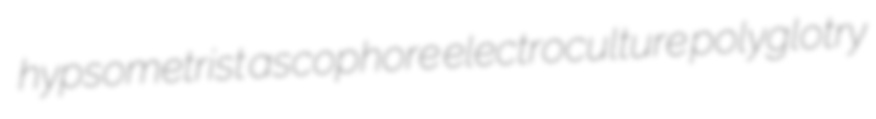
hypsometrist ascophore electroculture polyglotry